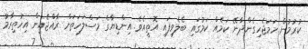
ކުރުމުން ހަމަޖެހިގެންދާނޭ ކަމެއް ކަމުގައި ބެލެވިފައި އޮތީއެވެ. އިންޑިޔާގެ މަސްލަހަތަށް ރާއްޖެއިން އިހުތިރާމު